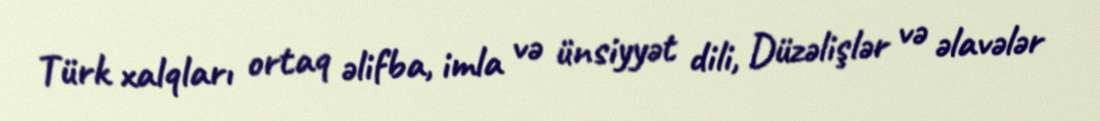
Türk xalqları ortaq əlifba, imla və ünsiyyət dili, Düzəlişlər və əlavələr